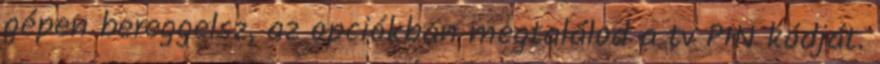
gépen bereggelsz, az opciókban megtalálod a tv PIN kódját.